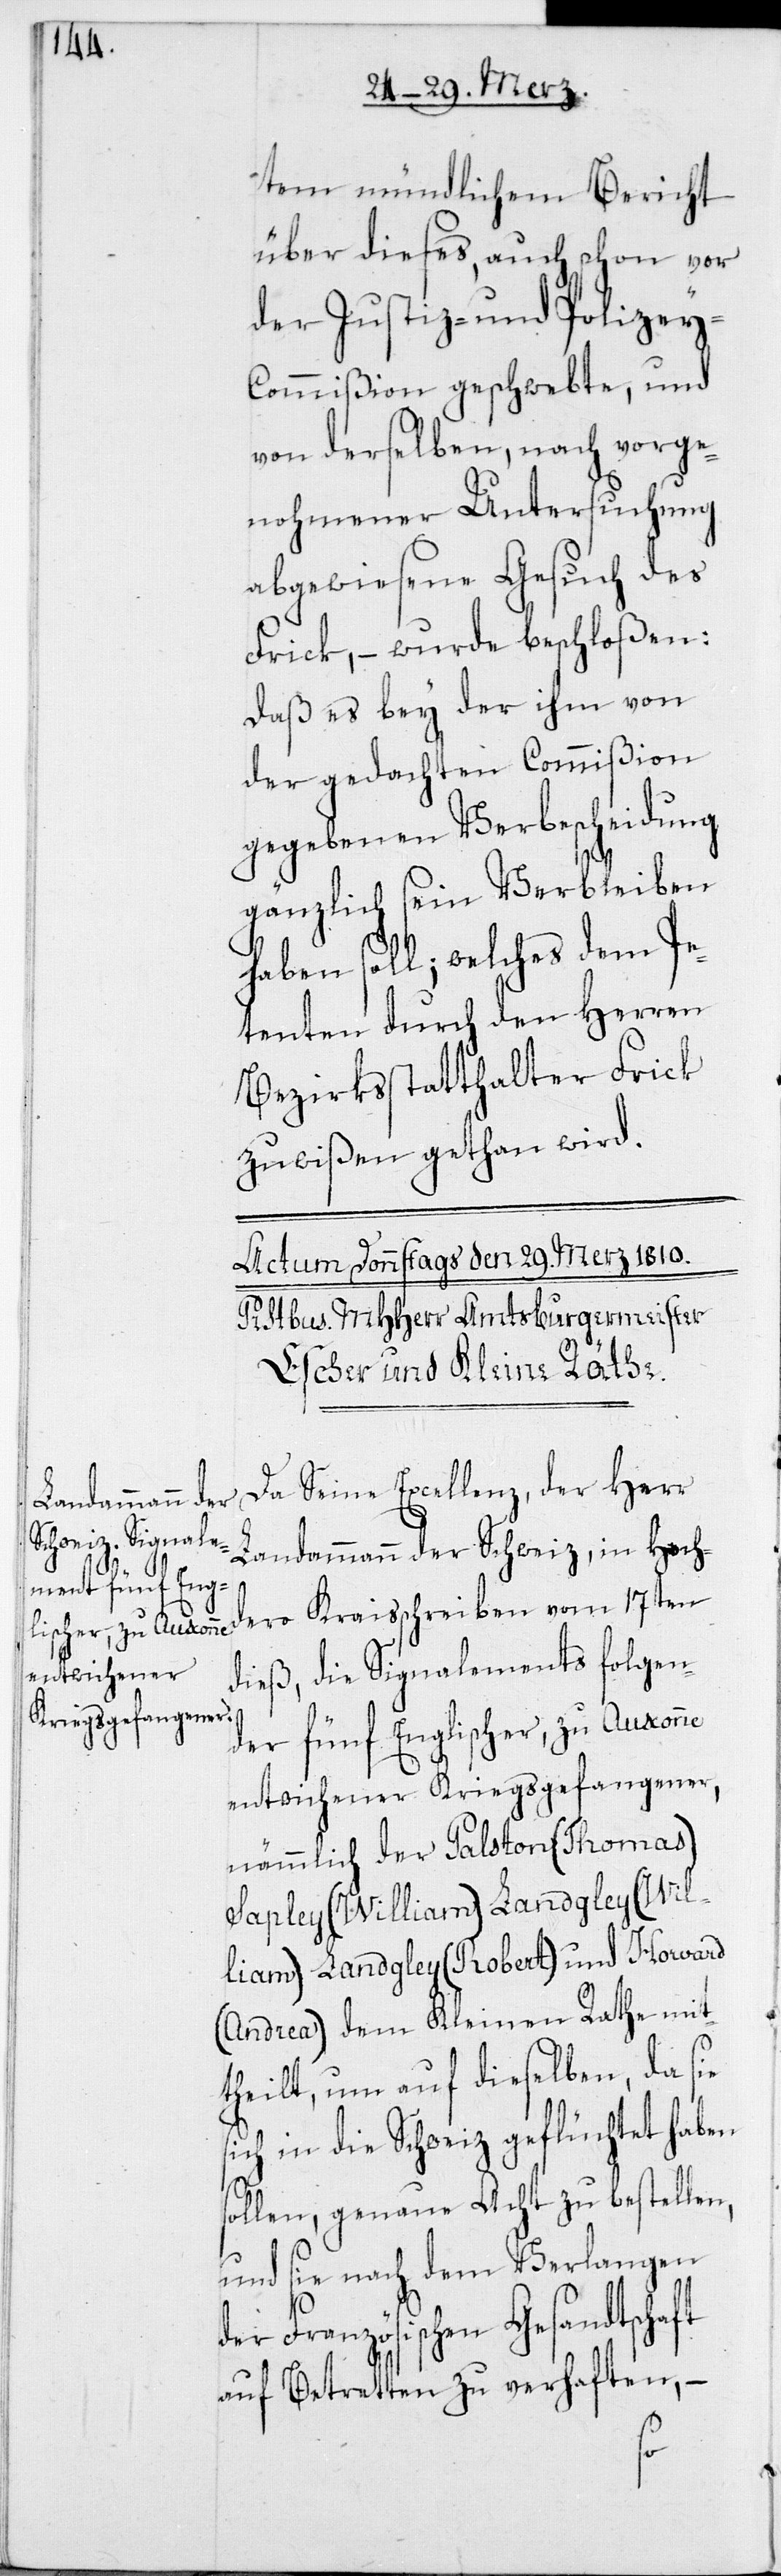
tem mündlichem Bericht
über dieses, auch schon vor
der Justiz- und Polizey-C¬
ommißion geschwebte, und
von derselben, nach vorge¬
nohmener Untersuchung
abgewiesene Gesuch des
Frick, – wurde beschloßen:
Daß es bey der ihm von
der gedachten Commißion
gegebenen Verbescheidung
gänzlich sein Verbleiben
haben soll; welches dem Pe¬
tenten durch den Herren
Bezirksstatthalter Frick
zu wißen gethan wird.
Da Seine Excellenz, der Herr
Landammann der Schweiz, in Hoch¬
dero Kraisschreiben vom 17ten
dieß, die Signalements folgen¬
der fünf Englischer, zu Auxonne
entwichener Kriegsgefangener,
nämmlich der Palston (Thomas)
Sapley (William) Landgley (Wil¬
liam) Landgley (Robert) und Howard
(Andrea) dem Kleinen Rathe mit¬
theilt, um auf dieselben, da sie
sich in die Schweiz geflüchtet haben
sollen, genaue Acht zu bestellen,
und sie nach dem Verlangen
der Französischen Gesandtschaft
auf Betretten zu verhaften,